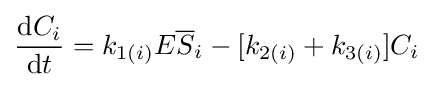
{\frac {{\mathrm {d} }C_{i}}{{\mathrm {d} }t}}={k}_{1(i)}{E{\overline {S}}}_{i}-[{k}_{2(i)}+{k}_{3(i)}]C_{i}